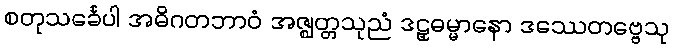
စတုသင်္ခေပါ အဓိဂတဘာဝံ အဇ္ဈတ္တသုညံ ဒဠှဓမ္မာနော ဒဿေတဗ္ဗေသု